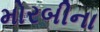
મોરબીના